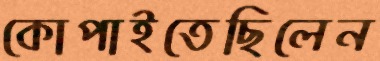
কোপাইতেছিলেন